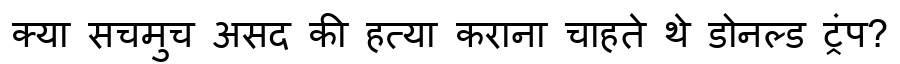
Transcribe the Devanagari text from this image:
क्या सचमुच असद की हत्या कराना चाहते थे डोनल्ड ट्रंप?